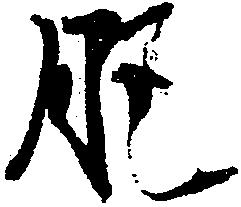
肥